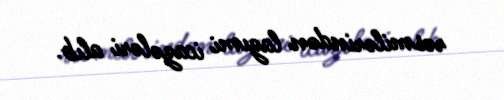
rəsmilərindən lazımi icazələri alıb.